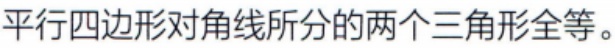
平行四边形对角线所分的两个三角形全等。